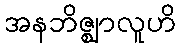
အနဘိဇ္ဈာလူဟိ